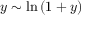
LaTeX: y \sim \ln { ( 1 + y ) }